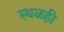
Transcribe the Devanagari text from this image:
स्थळही